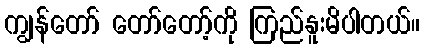
ကျွန်တော် တော်တော့်ကို ကြည်နူးမိပါတယ်။